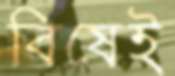
বিষেই